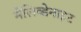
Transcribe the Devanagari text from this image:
मैलिब्डेनाइट